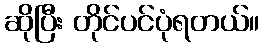
ဆိုပြီး တိုင်ပင်ပုံရတယ်။